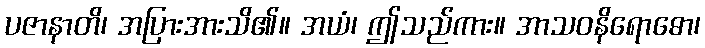
ပဇာနာတိ၊ အပြားအားသိ၏။ အယံ၊ ဤသည်ကား။ အာသဝနိရောဓော၊